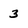
Character: 3